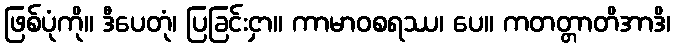
ဖြစ်ပုံကို။ ဒီပေတုံ၊ ပြခြင်းငှာ။ ကာမာဝစရဿ၊ ပေ။ ကတတ္တာတိအာဒိ၊